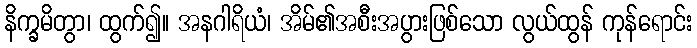
နိက္ခမိတွာ၊ ထွက်၍။ အနဂါရိယံ၊ အိမ်၏အစီးအပွားဖြစ်သော လွယ်ထွန် ကုန်ရောင်း